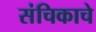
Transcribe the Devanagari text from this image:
संचिकाचे